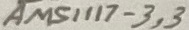
Text: AMS1117-3,3